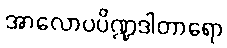
အာလောပပိဏ္ဍဒါတာရော